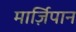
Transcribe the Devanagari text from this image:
मार्ज़िपान